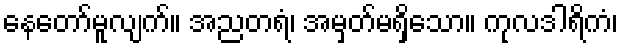
နေတော်မူလျက်။ အညတရံ၊ အမှတ်မရှိသော။ ကုလဒါရိကံ၊